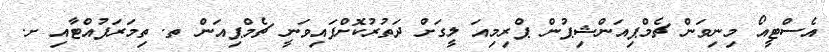
އެސްޓީއޯ މިނިވަން ޗެމްޕިއަންޝިޕުން ޕްރިމިއަ ލީގަށް ދަތުރުކޮށްފައިވަނީ ޗެމްޕިއަން ތ. ތިމަރަފުއްޓާއި ށ.